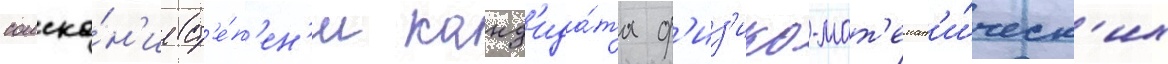
соиска́н'ие ст'е́п'ен'и канд'ида́та ф'из'ико-мат'емат'и́ческ'их